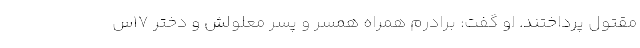
مقتول پرداختند. او گفت: برادرم همراه همسر و پسر معلولش و دختر ۱۷س